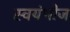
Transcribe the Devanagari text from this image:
स्वयंभोज